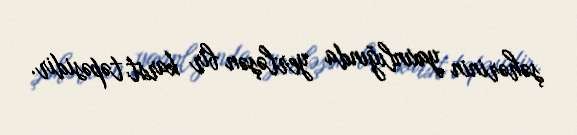
şəhərinin yaxınlığında yerləşən bir karst təpəsidir.